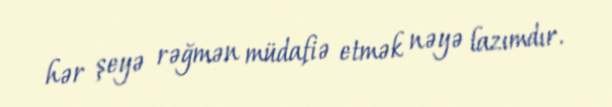
hər şeyə rəğmən müdafiə etmək nəyə lazımdır.